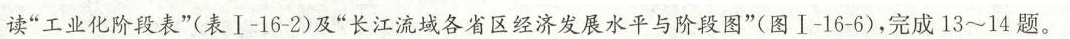
读”工业化阶段表”(表Ⅰ-16-2)及”长江流域各省区经济发展水平与阶段图”(图Ⅰ-16-6)，完成13~14题。